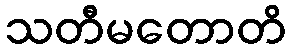
သတီမတောတိ